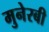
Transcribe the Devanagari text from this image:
मुनेरबी